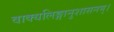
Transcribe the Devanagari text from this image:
वाक्यलिङ्गानुशासनम्।